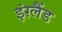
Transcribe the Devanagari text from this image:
इंग़्लैंड